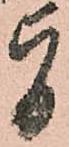
旨